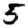
Digit: 5